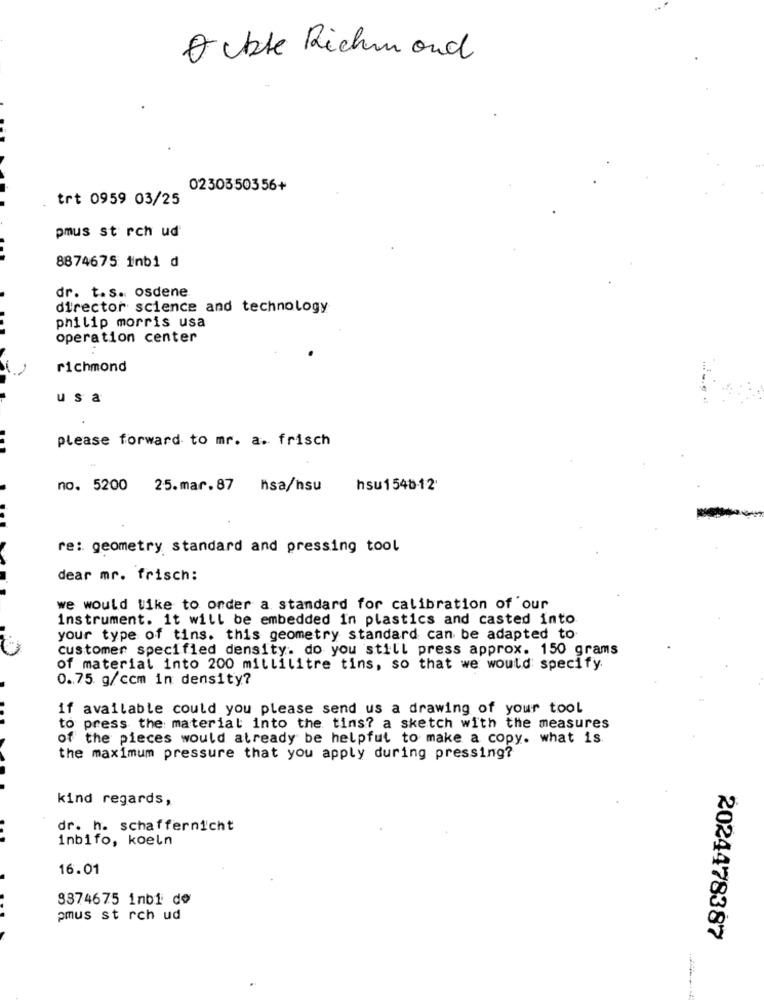
O ckte Richmond
0230350356+
trt 0959 03/25
pmus st rch ud
8874675 inbi d
dr. t.s. osdene
director science and technology
philip morris usa
operation center
richmond
usa
please forward to mr. a. frisch
no. 5200
25.mar.87 hsa/hsu
hsu1548-12
re: geometry standard and pressing tool
dear mr. frisch:
we would like to order a standard for calibration of our
instrument. it will be embedded In plastics and casted into
your type of tins. this geometry standard can be adapted to
customer specified density. do you still press approx. 150 grams
of material into 200 millilitre tins, so that we would specify.
0.75 g/ccm in density?
if available could you please send us a drawing of your tool
to press the material into the tins? a sketch with the measures
of the pieces would already be helpful to make a copy. what is.
the maximum pressure that you apply during pressing?
kind regards,
dr. h. schaffernicht
inbifo, koeln
16.01
8374675 inbi de
pmus st rch ud
2024478387